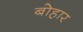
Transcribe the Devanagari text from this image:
बोहार